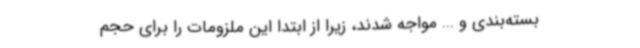
بسته‌بندی و ... مواجه شدند، زیرا از ابتدا این ملزومات را برای حجم